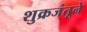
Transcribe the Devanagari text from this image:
शुक्रजंतूने